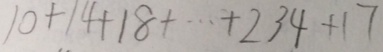
1 0 + 1 4 + 1 8 + \cdots + 2 3 4 + 1 7